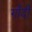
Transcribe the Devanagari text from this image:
गाँदी